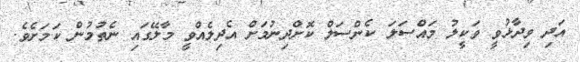
އަދި ވިދާޅުވީ ވަކީލު މައްސަލަ ކެންސަލް ކޮށްދިނުމަށް އެދިލެއްވީ މާލޭގައި ނެތުމުން ކަމަށެވެ.